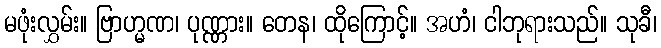
မဖုံးလွှမ်း။ ဗြာဟ္မဏ၊ ပုဏ္ဏား။ တေန၊ ထိုကြောင့်။ အဟံ၊ ငါဘုရားသည်။ သုခီ၊